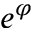
e ^ { \varphi }